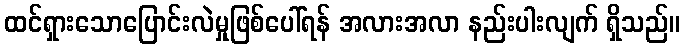
ထင်ရှားသောပြောင်းလဲမှုဖြစ်ပေါ်ရန် အလားအလာ နည်းပါးလျက် ရှိသည်။